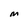
Character: m